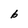
Character: b